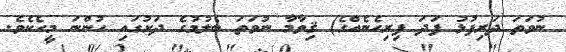
ނުވަތަ ދަރިފުޅު ފަދަ ފިރިހެނެއްގެ) ޤިވާމާ ނުވަތަ ބެލުމުގެ ދަށުގައި ހުންނަ މީހެކެވެ.